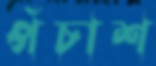
পঁচাশ